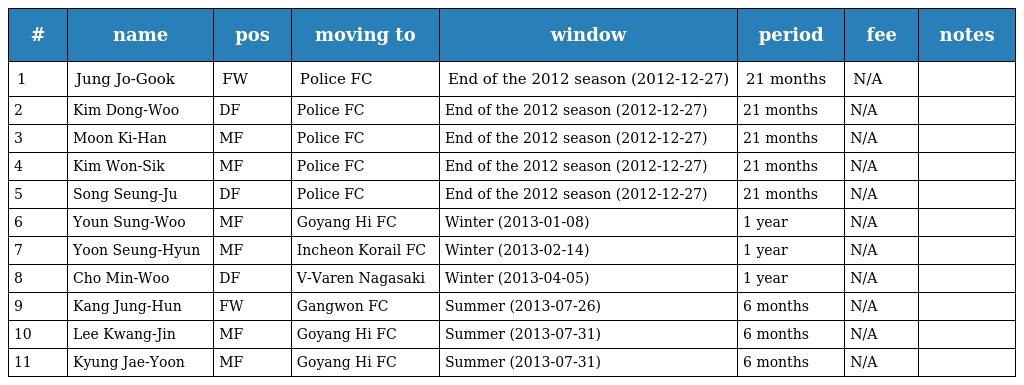
| # | name | pos | moving to | window | period | fee | notes |
 | --- | --- | --- | --- | --- | --- | --- | --- |
 | 1 | Jung Jo-Gook | FW | Police FC | End of the 2012 season (2012-12-27) | 21 months | N/A |  |
 | 2 | Kim Dong-Woo | DF | Police FC | End of the 2012 season (2012-12-27) | 21 months | N/A |  |
 | 3 | Moon Ki-Han | MF | Police FC | End of the 2012 season (2012-12-27) | 21 months | N/A |  |
 | 4 | Kim Won-Sik | MF | Police FC | End of the 2012 season (2012-12-27) | 21 months | N/A |  |
 | 5 | Song Seung-Ju | DF | Police FC | End of the 2012 season (2012-12-27) | 21 months | N/A |  |
 | 6 | Youn Sung-Woo | MF | Goyang Hi FC | Winter (2013-01-08) | 1 year | N/A |  |
 | 7 | Yoon Seung-Hyun | MF | Incheon Korail FC | Winter (2013-02-14) | 1 year | N/A |  |
 | 8 | Cho Min-Woo | DF | V-Varen Nagasaki | Winter (2013-04-05) | 1 year | N/A |  |
 | 9 | Kang Jung-Hun | FW | Gangwon FC | Summer (2013-07-26) | 6 months | N/A |  |
 | 10 | Lee Kwang-Jin | MF | Goyang Hi FC | Summer (2013-07-31) | 6 months | N/A |  |
 | 11 | Kyung Jae-Yoon | MF | Goyang Hi FC | Summer (2013-07-31) | 6 months | N/A |  |